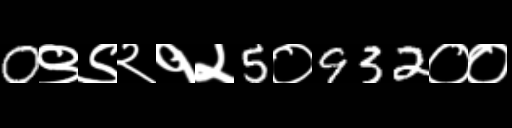
Text: 0९९२१२5०932००